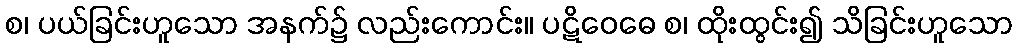
စ၊ ပယ်ခြင်းဟူသော အနက်၌ လည်းကောင်း။ ပဋိဝေဓေ စ၊ ထိုးထွင်း၍ သိခြင်းဟူသော